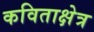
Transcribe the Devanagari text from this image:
कविताक्षेत्र